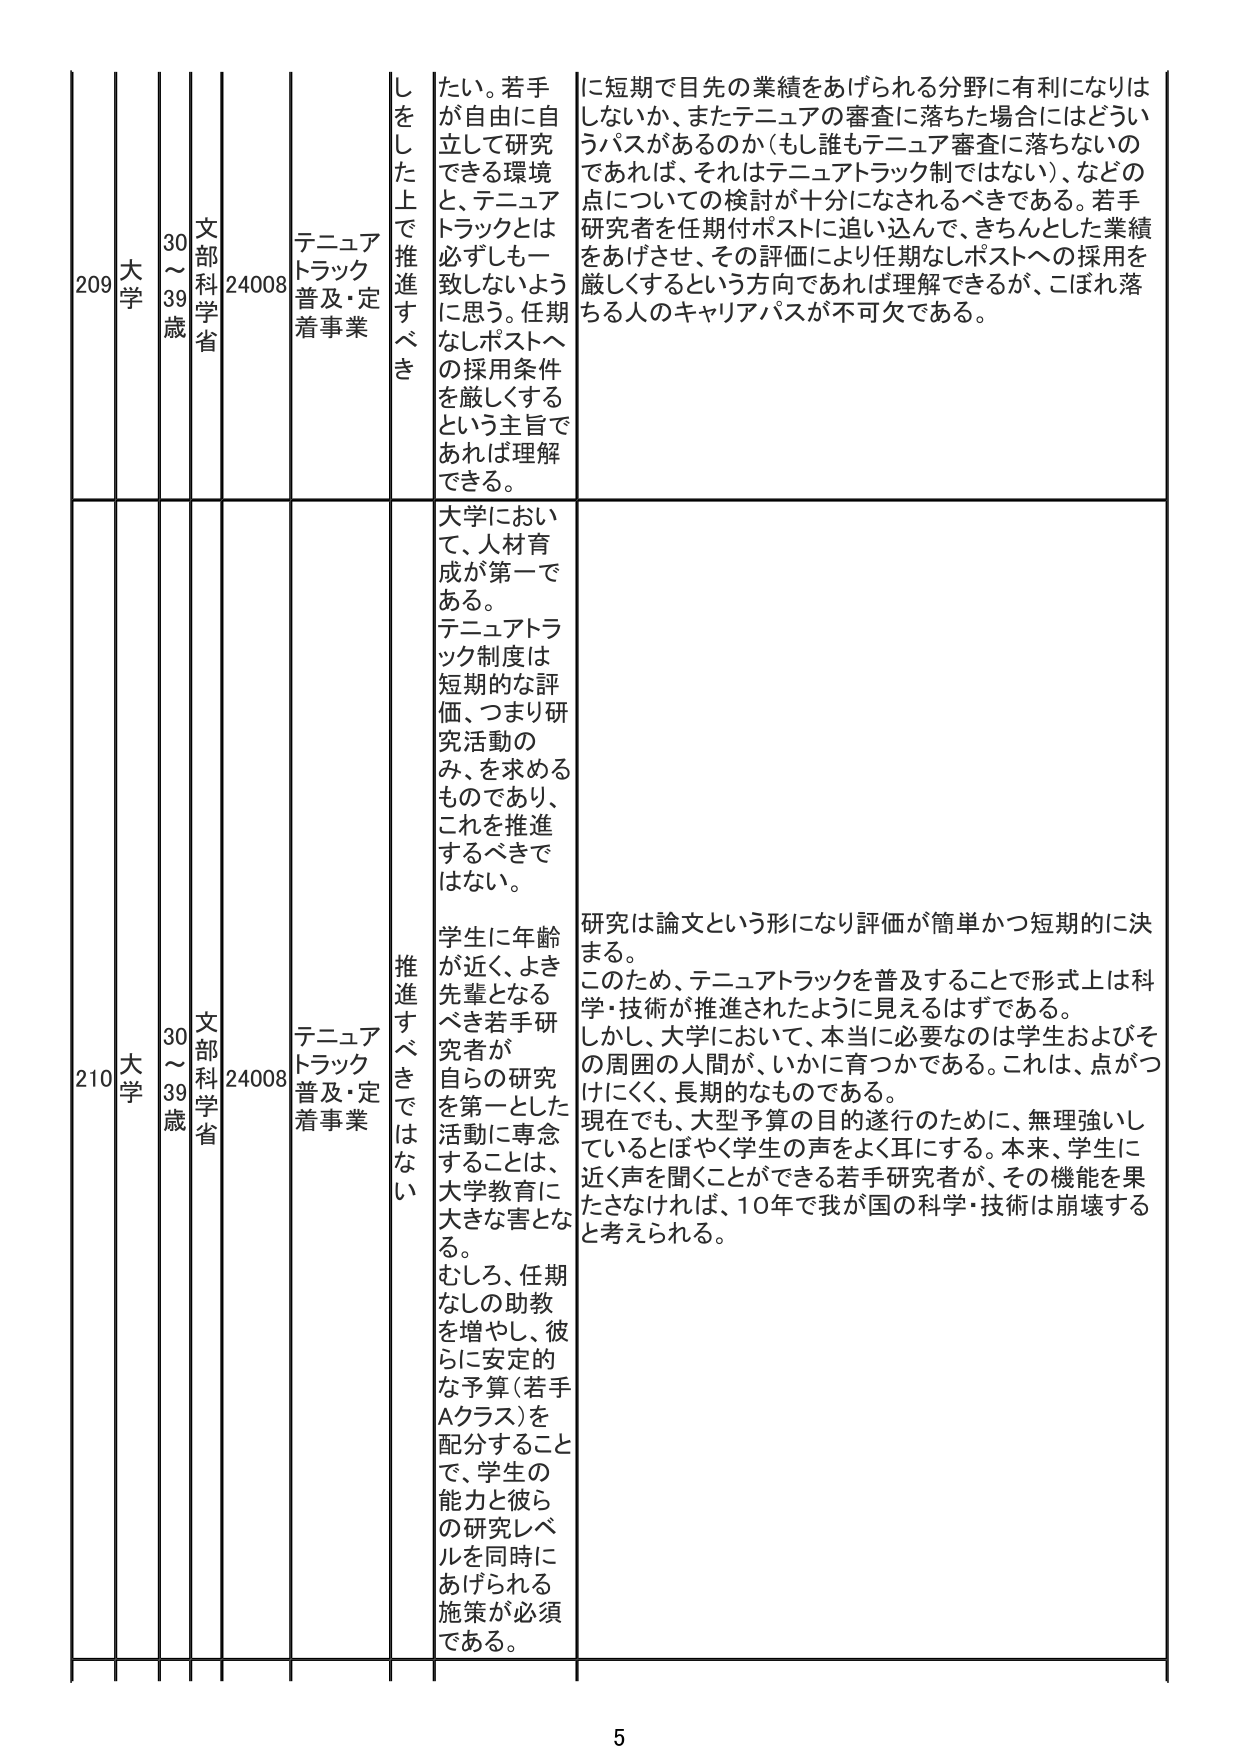
209 大学 30～39歳 文部科学省 24008 テニュアトラック普及・定着事業 しをした上で推進すべき たい。若手が自由に自立して研究できる環境と、テニュアトラックとは必ずしも一致しないように思う。任期なしポストへの採用条件を厳しくするという主旨であれば理解できる。 に短期で目先の業績をあげられる分野に有利になりはしないか、またテニュアの審査に落ちた場合にはどういうパスがあるのか（もし誰もテニュア審査に落ちないのであれば、それはテニュアトラック制ではない）、などの点についての検討が十分になされるべきである。若手研究者を任期付ポストに追い込んで、きちんとした業績をあげさせ、その評価により任期なしポストへの採用を厳しくするという方向であれば理解できるが、こぼれ落ちる人のキャリアパスが不可欠である。

210 大学 30～39歳 文部科学省 24008 テニュアトラック普及・定着事業 推進すべきではない 大学において、人材育成が第一である。テニュアトラック制度は短期的な評価、つまり研究活動のみ、を求めるものであり、これを推進するべきではない。 学生に年齢が近く、よき先輩となるべき若手研究者が自らの研究を第一とした活動に専念することは、大学教育に大きな害となる。むしろ、任期なしの助教を増やし、彼らに安定的な予算（若手Aクラス）を配分することで、学生の能力と彼らの研究レベルを同時にあげられる施策が必須である。 研究は論文という形になり評価が簡単かつ短期的に決まる。このため、テニュアトラックを普及することで形式上は科学・技術が推進されたように見えるはずである。しかし、大学において、本当に必要なのは学生およびその周囲の人間が、いかに育つかである。これは、点がつけにくく、長期的なものである。現在でも、大型予算の目的遂行のために、無理強いしていとぼやく学生の声をよく耳にする。本来、学生に近く声を聞くことができる若手研究者が、その機能を果たさなければ、10年で我が国の科学・技術は崩壊すると考えられる。

5